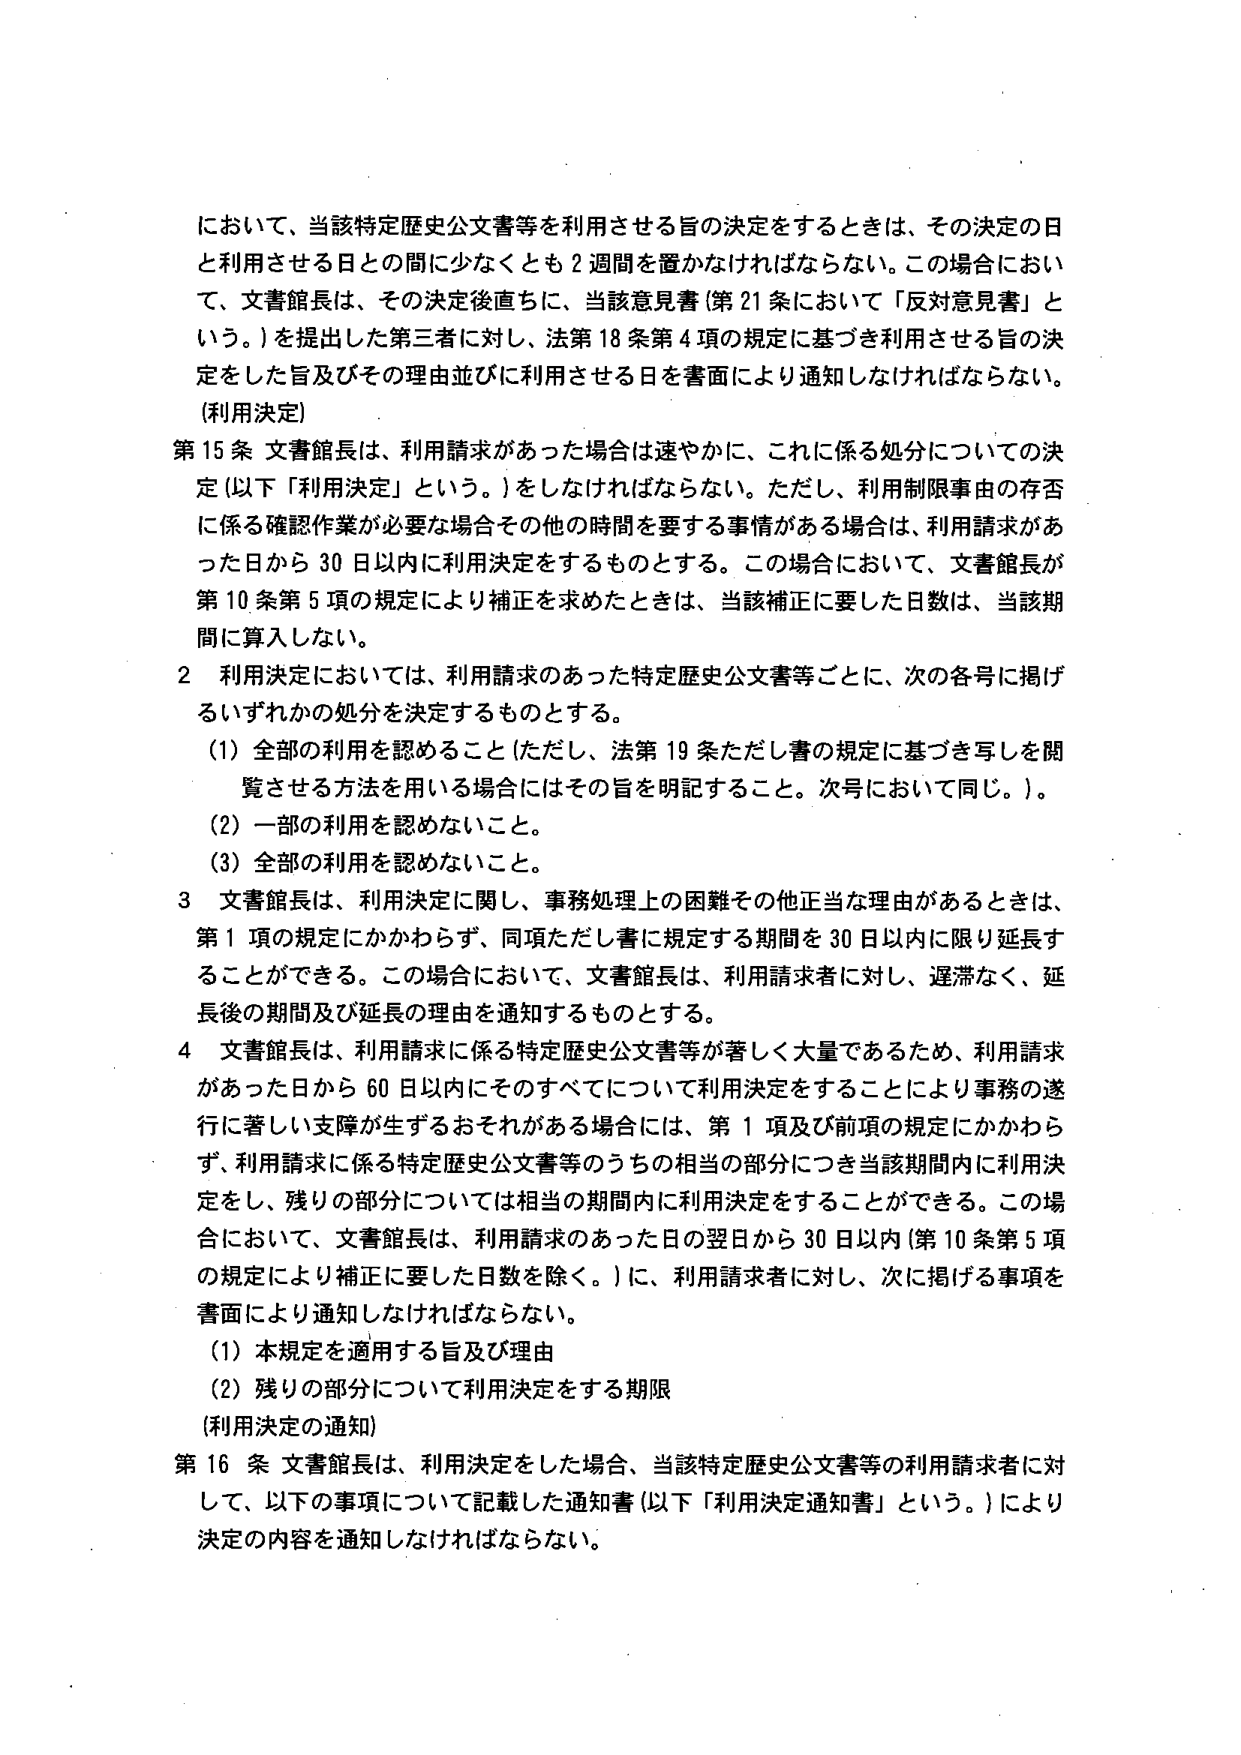
において、当該特定歴史公文書等を利用させる旨の決定をするときは、その決定の日と利用させる日との間に少なくとも２週間を置かなければならない。この場合において、文書館長は、その決定後直ちに、当該意見書（第21条において「反対意見書」という。）を提出した第三者に対し、法第18条第4項の規定に基づき利用させる旨の決定をした旨及びその理由並びに利用させる日を書面により通知しなければならない。

（利用決定）

第15条 文書館長は、利用請求があった場合は速やかに、これに係る処分についての決定（以下「利用決定」という。）をしなければならない。ただし、利用制限事由の存否に係る確認作業が必要な場合その他その時間要する事情がある場合は、利用請求があった日から30日以内に利用決定をするものとする。この場合において、文書館長が第10条第5項の規定により補正を求めたときは、当該補正に要した日数は、当該期間に算入しない。

2 利用決定においては、利用請求のあった特定歴史公文書等ごとに、次の各号に掲げるいずれかの処分を決定するものとする。

（1）全部の利用を認めること（ただし、法第19条ただし書の規定に基づき写しを閲覧させる方法を用いる場合にはその旨を明記すること。次号において同じ。）。

（2）一部の利用を認めないこと。

（3）全部の利用を認めないこと。

3 文書館長は、利用決定に関し、事務処理上の困難その他正当な理由があるときは、第1項の規定にかかわらず、同項ただし書に規定する期間を30日以内に限り延長することができる。この場合において、文書館長は、利用請求者に対し、遅滞なく、延長後の期間及び延長の理由を通知するものとする。

4 文書館長は、利用請求に係る特定歴史公文書等が著しく大量であるため、利用請求があった日から60日以内にそのすべてについて利用決定をすることにより事務の遂行に著しい支障が生ずるおそれがある場合には、第1項及び前項の規定にかかわらず、利用請求に係る特定歴史公文書等のうちの相当の部分につき当該期間内に利用決定をし、残りの部分については相当の期間内に利用決定をすることができる。この場合において、文書館長は、利用請求のあった日の翌日から30日以内（第10条第5項の規定により補正に要した日数を除く。）に、利用請求者に対し、次に掲げる事項を書面により通知しなければならない。

（1）本規定を適用する旨及び理由

（2）残りの部分について利用決定をする期限

（利用決定の通知）

第16条 文書館長は、利用決定をした場合、当該特定歴史公文書等の利用請求者に対して、以下の事項について記載した通知書（以下「利用決定通知書」という。）により決定の内容を通知しなければならない。